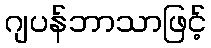
ဂျပန်ဘာသာဖြင့်